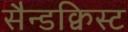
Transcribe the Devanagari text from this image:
सैन्डक्विस्ट